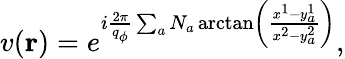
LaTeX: v({\mathbf r})=e^{i{\frac{2\pi}{q_{\phi}}}\sum_{a}N_{a}\arctan\left(\frac{x^{1}-y_{a}^{1}}{x^{2}-y_{a}^{2}}\right)},